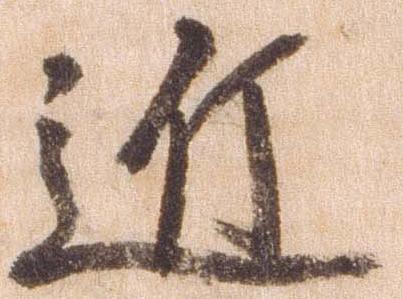
近